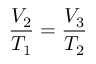
{ \frac { V _ { 2 } } { T _ { 1 } } } = { \frac { V _ { 3 } } { T _ { 2 } } }